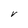
Character: V